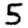
Digit: 5